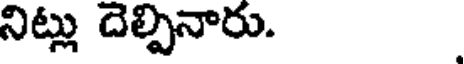
నిట్లు దెల్పినారు.